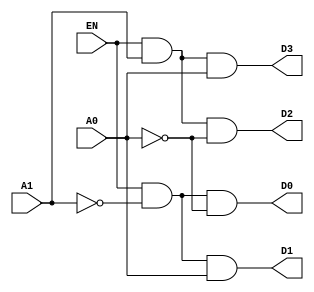
module dec_db(input EN,A1,A0,output D0,D1,D2,D3);
  assign D0=(EN&~A1&~A0);
  assign D1=(EN&~A1&A0);
  assign D2=(EN&A1&~A0);
  assign D3=(EN&A1&A0);
endmodule
module tb_dec;
  reg EN,A1,A0;
  wire D0,D1,D2,D3;
  dec_db tb_dec(EN,A1,A0,D0,D1,D2,D3);
  initial begin
    $dumpfile("dump.vcd");
    $dumpvars;
    EN=1'b0;A1=1'bx;A0=1'bx;
    #10;
    EN=1'b1;A1=1'b0;A0=1'b0;
    #10;
    EN=1'b1;A1=1'b0;A0=1'b1;
    #10;
    EN=1'b1;A1=1'b1;A0=1'b0;
    #10;
    EN=1'b1;A1=1'b1;A0=1'b1;
  end
  always@(D0,D1,D2,D3)
    $display("At time %0t: EN=%b;A1=%b,A0=%b,D0=%b,D1=%b,D2=%b,D3=%b",$time,EN,A1,A0,D0,D1,D2,D3);
endmodule